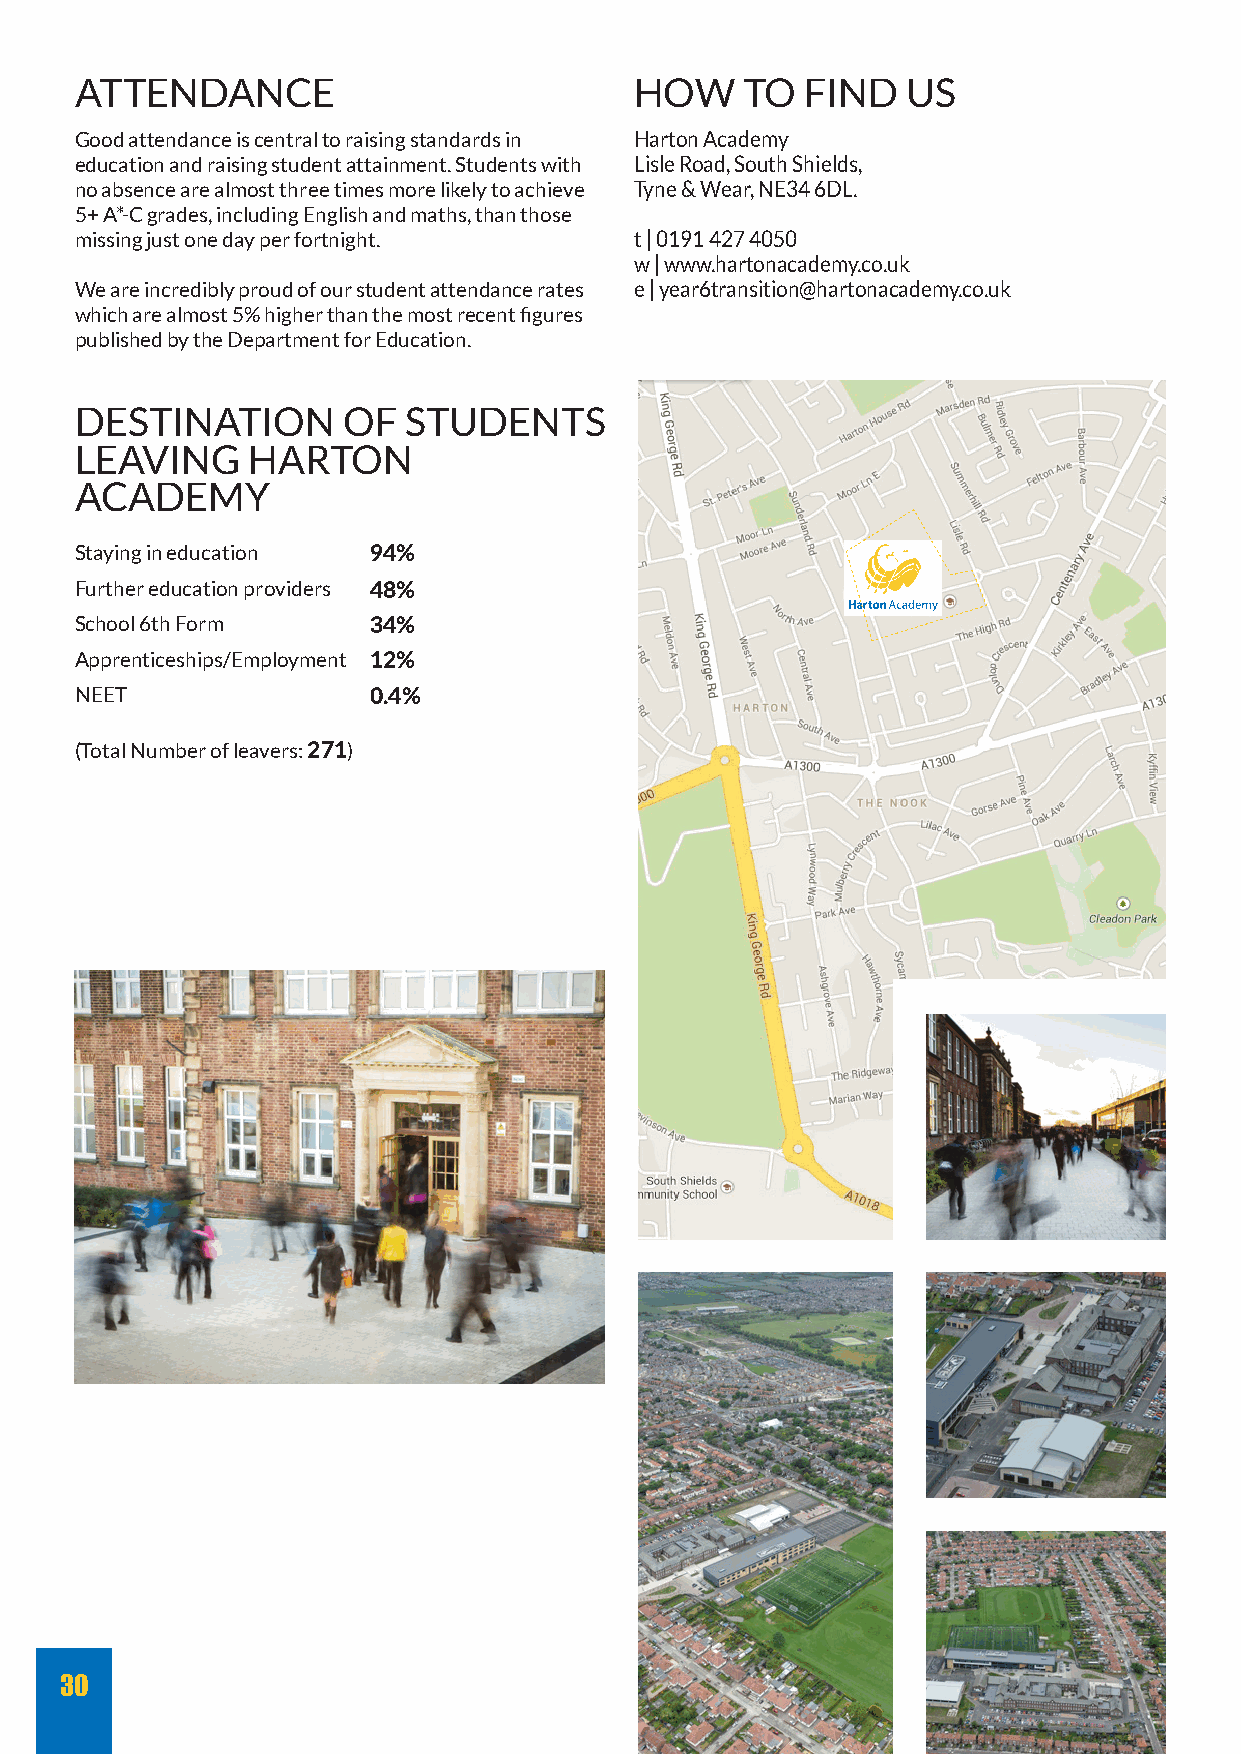
ATTENDANCE                           HOW    TO  FIND   US
 Good attendance is central to raising standards in Harton Academy
 education and raising student attainment. Students with Lisle Road, South Shields,
 no absence are almost three times more likely to achieve Tyne & Wear, NE34 6DL.
 5+ A*-C grades, including English and maths, than those
 missing just one day per fortnight.  t | 0191 427 4050
 w | www.hartonacademy.co.uk
 We are incredibly proud of our student attendance rates e | year6transition@hartonacademy.co.uk
 which are almost 5% higher than the most recent figures
 published by the Department for Education.
 DESTINATION       OF  STUDENTS
 LEAVING    HARTON
 ACADEMY
 Staying in education 94%
 Further education providers 48%
 School 6th Form    34%
 Apprenticeships/Employment 12%
 NEET               0.4%
 (Total Number of leavers: 271)
 30